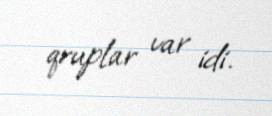
qruplar var idi.